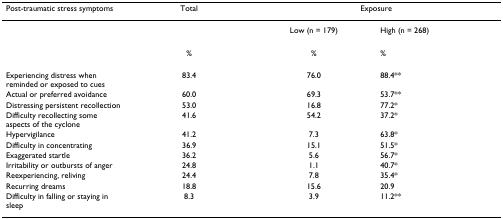
| Post-traumatic stress symptoms | Total | <COLSPAN=2> Exposure |
 | --- | --- | --- | --- |
 |  |  | Low (n = 179) | High (n = 268) |
 |  | % | % | % |
 | Experiencing distress when reminded or exposed to cues | 83.4 | 76.0 | 88.4** |
 | Actual or preferred avoidance | 60.0 | 69.3 | 53.7** |
 | Distressing persistent recollection | 53.0 | 16.8 | 77.2* |
 | Difficulty recollecting some aspects of the cyclone | 41.6 | 54.2 | 37.2* |
 | Hypervigilance | 41.2 | 7.3 | 63.8* |
 | Difficulty in concentrating | 36.9 | 15.1 | 51.5* |
 | Exaggerated startle | 36.2 | 5.6 | 56.7* |
 | Irritability or outbursts of anger | 24.8 | 1.1 | 40.7* |
 | Reexperiencing, reliving | 24.4 | 7.8 | 35.4* |
 | Recurring dreams | 18.8 | 15.6 | 20.9 |
 | Difficulty in falling or staying in sleep | 8.3 | 3.9 | 11.2** |